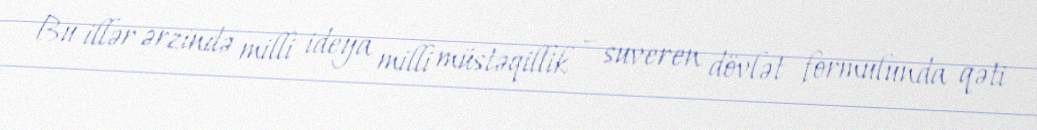
Bu illər ərzində milli ideya milli müstəqillik – suveren dövlət formulunda qəti